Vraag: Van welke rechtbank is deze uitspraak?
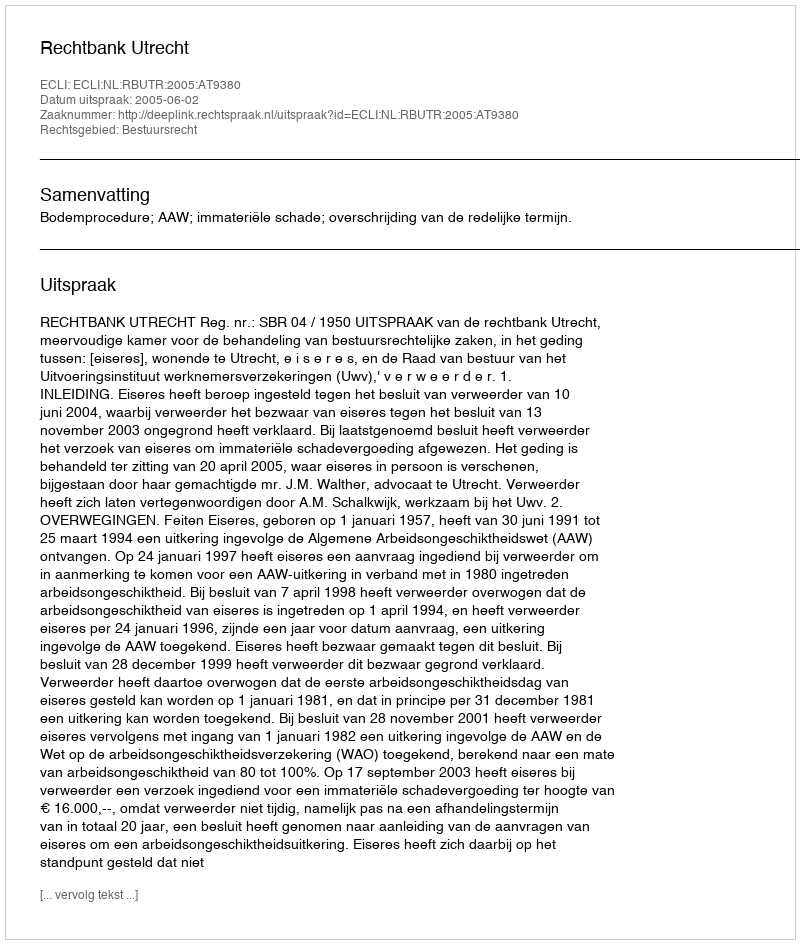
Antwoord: Rechtbank Utrecht